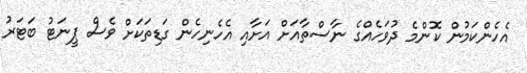
އެހެންކަމުން ކޮންމެ ދުވަހެއްގެ ނާސްތާއަށް އަށާއި އެހެނިހެން ގަޑިތަކަށް ވެސް ޕީނަޓު ބަޓަރު